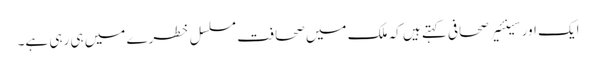
ایک اور سینئیر صحافی کہتے ہیں کہ ملک میں صحافت مسلسل خطرے میں ہی رہی ہے۔